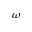
\omega